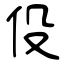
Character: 伇